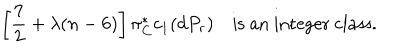
LaTeX: \left[ \frac { 7 } { 2 } + \lambda ( n - 6 ) \right] \pi _ { C } ^ { * } c _ { 1 } ( d P _ { r } ) \quad \textrm { i s a n i n t e g e r c l a s s } .